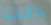
بالكتابة